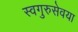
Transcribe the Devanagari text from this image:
स्वगुरुसेवया